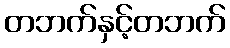
တဘက်နှင့်တဘက်